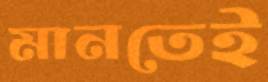
মানতেই